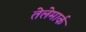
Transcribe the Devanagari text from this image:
तेलेमार्क